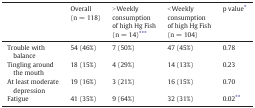
|  | Overall (n = 118) | > Weekly consumption of high Hg Fish (n = 14)⁎⁎⁎ | < Weekly consumption of high Hg Fish (n = 104) | p value⁎ |
 | --- | --- | --- | --- | --- |
 | Trouble with balance | 54 (46%) | 7 (50%) | 47 (45%) | 0.78 |
 | Tingling around the mouth | 18 (15%) | 4 (29%) | 14 (13%) | 0.23 |
 | At least moderate depression | 19 (16%) | 3 (21%) | 16 (15%) | 0.70 |
 | Fatigue | 41 (35%) | 9 (64%) | 32 (31%) | 0.02⁎⁎ |